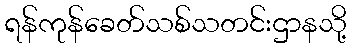
ရန်ကုန်ခေတ်သစ်သတင်းဌာနသို့